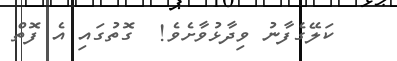
ކަލޭގެފާނު ވިދާޅުވާށެވެ!  ގޮތުގައި އެ ފޮތް